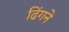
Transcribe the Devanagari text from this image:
ढिंगने